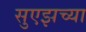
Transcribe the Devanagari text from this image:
सुएझच्या